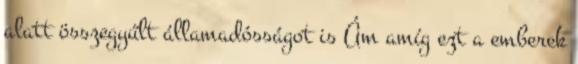
alatt összegyűlt államadósságot is Ám amíg ezt a emberek